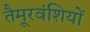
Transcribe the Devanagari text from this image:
तैमूरवंशियों